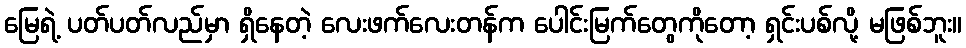
မြေရဲ့ ပတ်ပတ်လည်မှာ ရှိနေတဲ့ လေးဖက်လေးတန်က ပေါင်းမြက်တွေကိုတော့ ရှင်းပစ်လို့ မဖြစ်ဘူး။